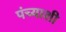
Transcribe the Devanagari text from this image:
पंच्याशी